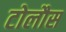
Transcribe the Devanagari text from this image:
टोलौस